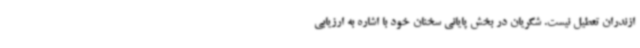
ازندران تعطیل نیست. شکریان در بخش پایانی سخنان خود با اشاره به ارزیابی